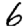
Digit: 6